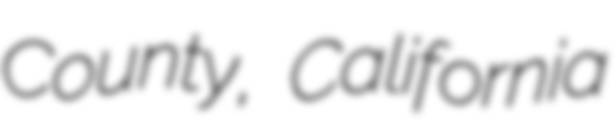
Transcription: County, California